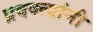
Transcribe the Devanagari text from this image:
प्रवक्त्यांनी